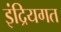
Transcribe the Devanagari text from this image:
इंद्रियगत